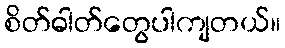
စိတ်ဓါတ်တွေပါကျတယ်။